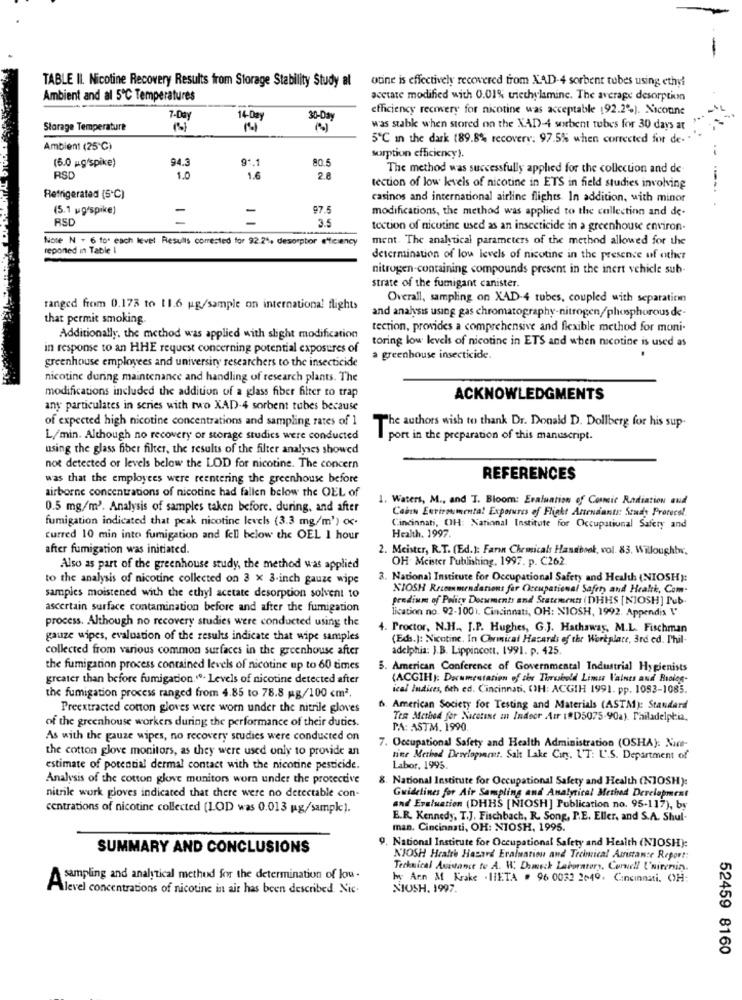
-
TABLE II. Nicotine Recovery Results from Storage Stability Study at
otine is effectively recovered from XAD-4 sorbent tubes using ethyl
Ambient and al 5℃ Temperatures
acetate modified with 0.01% wiethylamine. The average desorption
efficiency recovery for nicotine was acceptable (92.2%). Nicoane
7-Day
14-Day
30-Day
Storage Temperature
was stabk when stored on the XAD-4 sorbent tubes for 30 days at
5℃ in the dark (89.8% recovery. 97.5% when corrected for de-
Ambient (25℃)
sorption efficiency).
(5.0 mg/spike)
94.3
9º.1
80.5
The method was successfully applied for the collection and de
RSD
1.0
1.6
tection of low levels of nicotine in ETS in field studies involving
Refrigerated (5℃)
casinos and international airline flights. In addition, with minor
(5.1 ugespike)
97.
modifications, the method was applied to the collection and de-
RSD
-
3.5
tection of nicotine used as an insecticide in a greenhouse environ-
Nose N . 6 to. each level Resulls comrested for 92.2%, desorpbor efficiency
ment. The analytical parameters of the method allowed for the
reponed in Table I
determination of low levels of nicotine in the presence of other
nitrogen-containing compounds present in the inert vehicle sub-
strate of the fumigant canister.
Overall, sampling on XAD-4 tubes, coupled with separation
ranged from 0.173 to 11.6 ug/sample on international flights
and analysis using gas chromatography-nitrogen/phosphorous de-
that permit smoking.
tection, provides a comprehensive and flexible method for moni-
Additionally, the method was applied with slight modification
toring low levels of nicotine in ETS and when nicotine is used as
in response to an HHE request concerning potential exposures of
greenhouse employees and university researchers to the insecticide
a greenhouse insecticide.
nicotine during maintenance and handling of research plants. The
modifications included the addition of a glass fiber filter to trap
ACKNOWLEDGMENTS
any particulates in series with two XAD-4 sorbent tubes because
of expected high nicotine concentrations and sampling rates of 1
The authors wish to thank Dr. Donald D. Dollberg for his sup-
L/min. Although no recovery or storage studies were conducted
port in the preparation of this manuscript.
using the glass fiber filter, the results of the filter analyses showed
not detected or levels below the LOD for nicotine. The concern
was that the employees were reentering the greenhouse before
REFERENCES
airborne concentrations of nicotine had fallen below the OEL of
1. Waters, M ., and T. Bloom: Evaluation of Cosmic Radiation aud
0.5 mg/m3. Analysis of samples taken before. during, and after
Cabin Enviromental Exporures of Flight Attendants Study Protecol.
fumigation indicated that peak nicotine levels (3.3 mg/m') oc.
Cincinnati, OH: National Institute for Occupational Safety and
Health. 1997.
curred 10 min into fumigation and fell below the OEL 1 hour
after fumigation was initiated.
2. Meister, R.T. (Ed.): Farn Chemicals Handbook, vol. 83. Willoughtw.
OH Meister Publishing, 1997. p. C262.
Also as part of the greenhouse study, the method was applied
to the analysis of nicotine collected on 3 x 3-inch gauze wipe
3. National Institute for Occupational Safety and Health (NIOSH):
NIOSH Receenmendarions far Occupational Safety and Health, Com-
samples moistened with the ethyl acetate desorption solvent to
predium of Policy Documents and Statements (DHHS [NIOSH] Pub-
ascertain surface contamination before and after the fumigation
lication no. 92-1001. Cincinnati, OH: NIOSH, 1992. Appendis \'
process. Although no recovery studies were conducted using the
4. Proctor, N.H ., J.P. Hughes, G.J. Hathaway, M.L. Fischman
gauze wipes, evaluation of the results indicate that wipe samples
(Eds.): Nicotine. In Chemical Hazards of the Workplace, 3rd ed. Phil-
collected from various common surfaces in the greenhouse after
adelphia: J.B. Lippincott. 1991. p. 425.
the fumigation process contained levels of nicotine up to 60 times
5. American Conference of Governmental Industrial Hygienists
greater than before fumigation."º. Levels of nicotine detected after
(ACGIH): Documentation of the Threshold Limu Vaines and Biolog-
ical Indices, 6th ed. Cincinnati, OH: ACGIH 1991. pp. 1053-1085.
the fumigation process ranged from 4.85 to 78.8 mg/100 cm2.
Preextracted cotton gloves were worn under the nitrile gloves
6. American Society for Testing and Materials (ASTM): Standard
of the greenhouse workers during the performance of their duties.
Tes Method for Nicotine an Indoor Air (9D5075-90a). Philadelphia,
PA: ASTM, 1990.
As with the gauze wipes, no recovery studies were conducted on
the cotton glove monitors, as they were used only to provide an
7. Occupational Safety and Health Administration (OSHA): Nice-
tine Method Development. Salt Lake City. 1.'T: L'.S. Department of
estimate of potential dermal contact with the nicotine pesticide.
Labor, 1995.
Analysis of the cotton glove monitors worn under the protective
8. National Institute for Occupational Safety and Health (NIOSH):
nitrile work gloves indicated that there were no detectable con-
Guidelines for Air Sampling and Analytical Method Development
centrations of nicotine collected (LOD was 0.013 pg/sampk).
and Evaluation (DHHS [NIOSH] Publication no. 95-117), by
E.R. Kennedy, T.J. Fischbach, R. Song, P.E. Eller, and S.A. Shul-
man. Cincinnati, OH: NIOSH, 1995.
9. National Institute for Occupational Safety and Health (NJOSH):
SUMMARY AND CONCLUSIONS
N'JOSH Hrafre Hazard Evaluation and Technical Asistanse Report:
Technical Assistance to A. W. Dameck Laboratory, Cornell Universin.
A sampling and analytical method for the determination of lou .
hwy Arn M Krake . HETA . 96 0032 2649. Cincinnati. CH:
Alevel concentrations of nicotine in air has been described. Nic.
NIOSH. 1997.
52459 8160